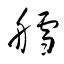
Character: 艝